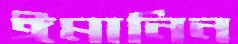
ঈমানিন